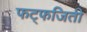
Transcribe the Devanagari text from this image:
फट्फजिती